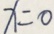
x = 0